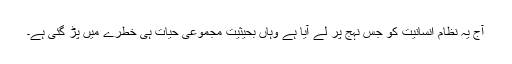
آج یہ نظام انسانیت کو جس نہج پر لے آیا ہے وہاں بحیثیت مجموعی حیات ہی خطرے میں پڑ گئی ہے۔